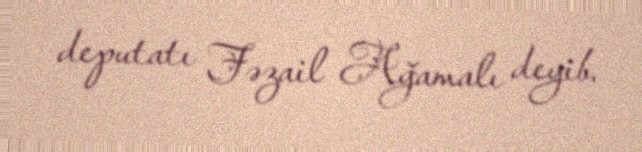
deputatı Fəzail Ağamalı deyib.